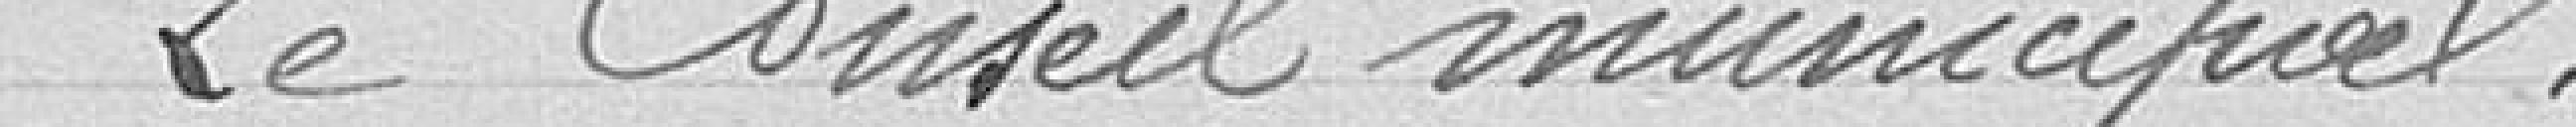
Le Conseil municipal